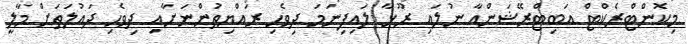
މިކޮންޓްރެކްޓް އަބިޓްރޭޝަންއާ ނުލައި ރޫޅާ ލައިފިނަމަ ދިވެހި ރައްޔިތުންނަށާއި ދިވެހި ދައުލަތަށް މާލީ